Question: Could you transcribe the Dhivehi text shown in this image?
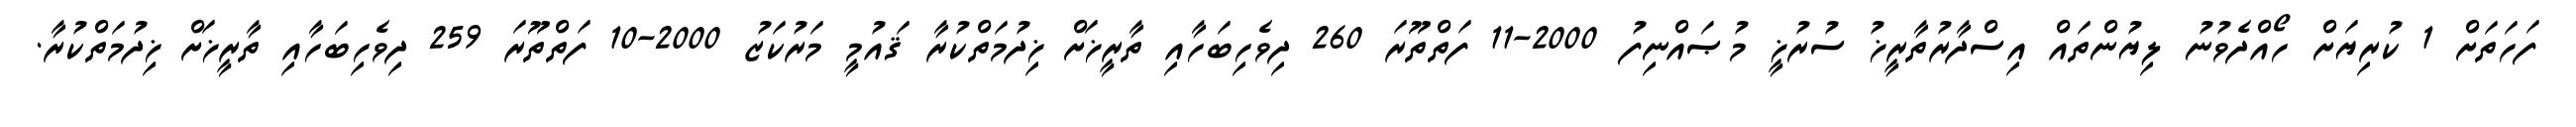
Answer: ފަހަތަށް 1 ކުރިޔަށް ހޯއްދެވުނު ލިޔުންތައް އިސްދާރުތާރީޚު ސުރުޚީ މުޞައްނިފު 2000-11 ފަތްތޫރަ 260 ދިވެހިބަހާއި ތާރީޚަށް ޚިދުމަތްކުރާ ޤައުމީ މަރުކަޒު 2000-10 ފަތްތޫރަ 259 ދިވެހިބަހާއި ތާރީޚަށް ޚިދުމަތްކުރާ.